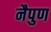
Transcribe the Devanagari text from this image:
नैपुण